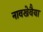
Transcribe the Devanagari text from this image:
नावखेवैया